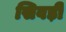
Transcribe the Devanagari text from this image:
सिवड़ी